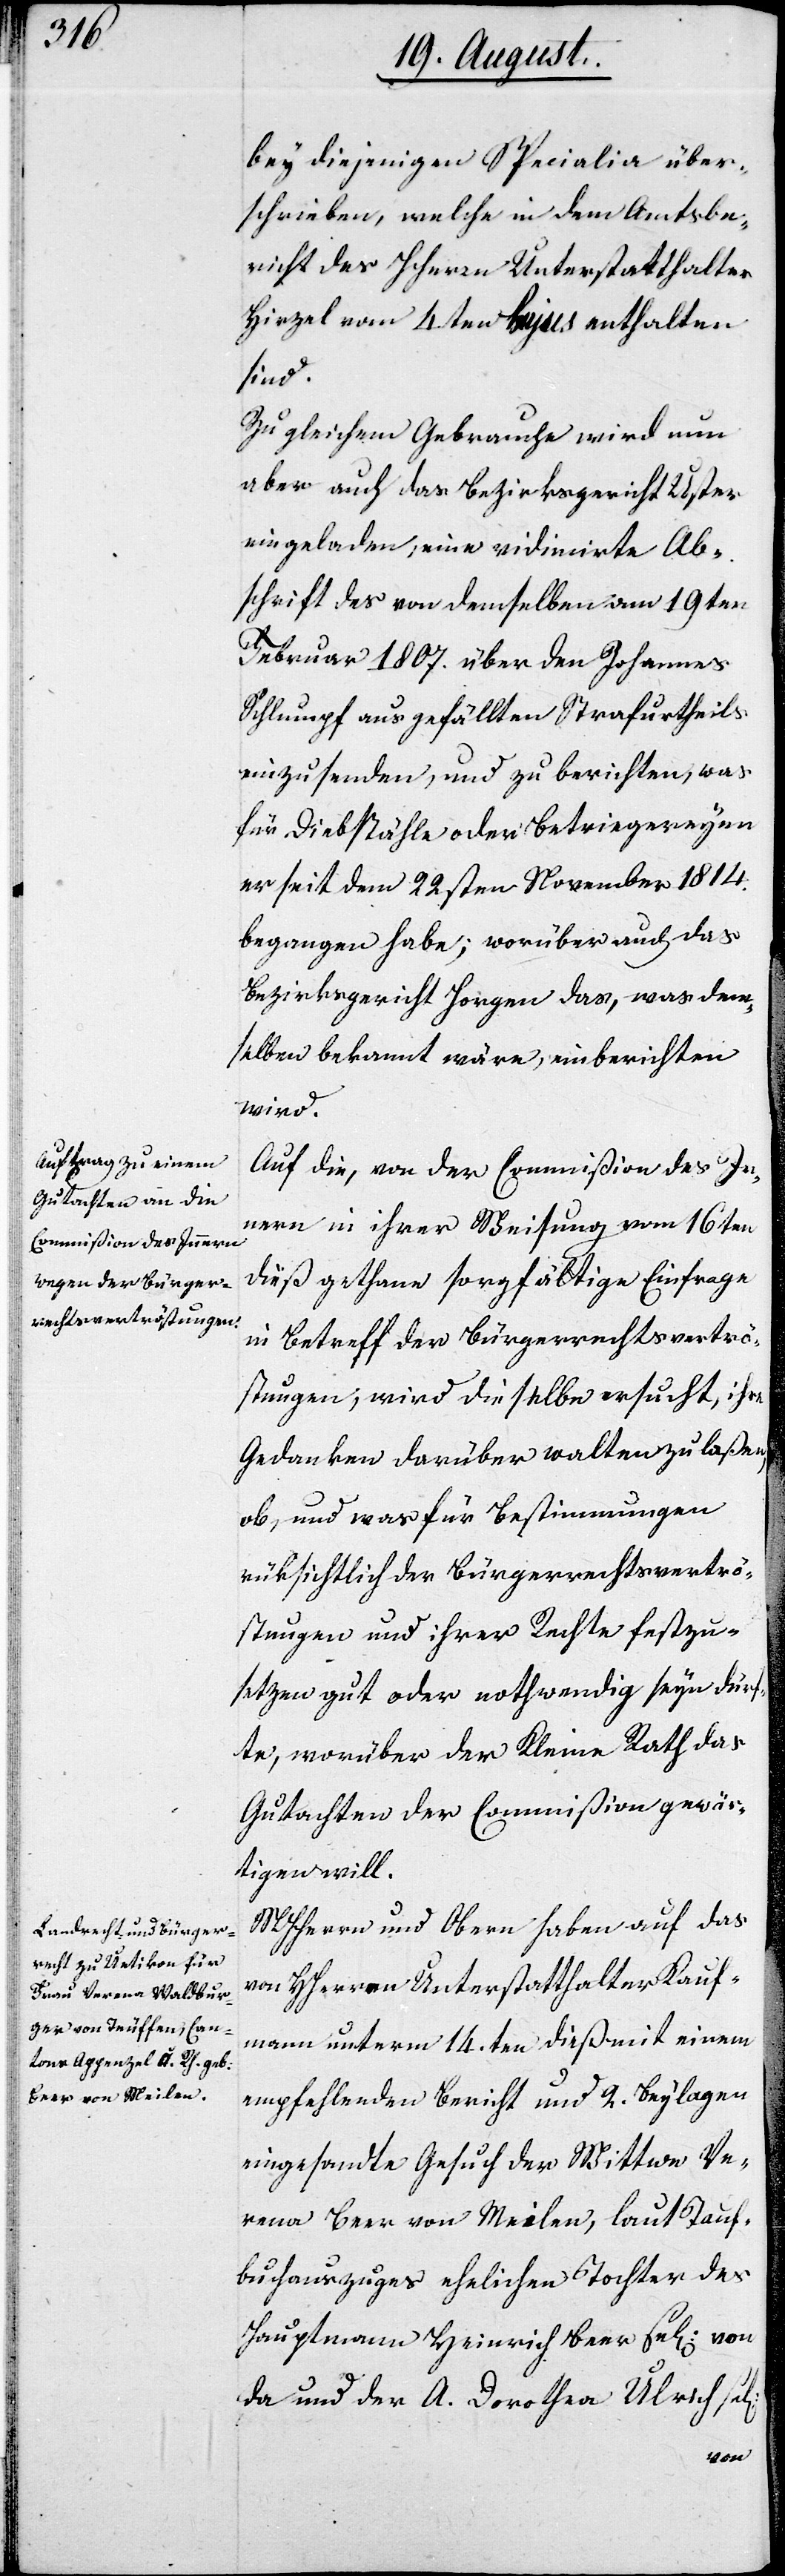
bey diejenigen Specialia über¬
schrieben, welche in dem Amtsbe¬
richt des Herrn Unterstatthalter
Hirzel vom 4ten hujus enthalten
sind.
Zu gleichem Gebrauche wird nun
aber auch das Bezirksgericht Uster
eingeladen, eine vidimierte An¬
schrift des von demselben am 19ten
Februar 1807. über den Johannes
Schlumpf ausgefällten Strafurtheils
einzusenden, und zu berichten, was
für Diebstähle oder Betriegereyen
er seit dem 22sten November 1814.
begangen habe; worüber auch das
Bezirksgericht Horgen das, was dem¬
selben bekannt wäre, einberichten
wird.
Auf die, von der Commißion des In¬
nern in ihrer Weisung vom 16ten
dieß gethane sorgfältige Einfrage
in Betreff der Bürgerrechtsvertrö¬
stungen, wird dieselbe ersucht, ihre
Gedanken darüber walten zu laßen,
ob, und was für Bestimmungen
rücksichtlich der Bürgerrechtsvertrö¬
stungen und ihrer Rechte festzu¬
setzen gut oder nothwendig seyn dürf¬
te, worüber der Kleine Rath das
Gutachten der Commißion gewär¬
tigen will.
MHHerrn und Obern haben auf das
von Unterstatthalter Kauf¬
mann unterm 4ten dieß mit einem
empfehlenden Bericht und 2. Beylagen
eingesandte Gesuch der Wittwe Ve¬
rena Beer von Meilen, laut Tauf¬
buchauszuges ehelichen Tochter des
Hauptmann Heinrich Beer sel. von
da und der A. Dorothea Ulrich sel.